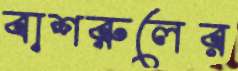
বাশরুলের